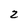
Character: 2